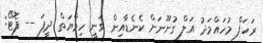
ރަހަފް މުހައްމަދު އަލް ގުނޫނަށް ކެނެޑާއިން ވަނީ ހިމާޔަތް ދީފަ -- ފޮޓޯ: